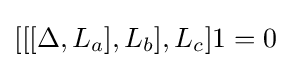
[[[\Delta ,L_{a}],L_{b}],L_{c}]1=0